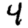
Digit: 4